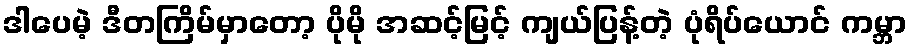
ဒါပေမဲ့ ဒီတကြိမ်မှာတော့ ပိုမို အဆင့်မြင့် ကျယ်ပြန့်တဲ့ ပုံရိပ်ယောင် ကမ္ဘာ